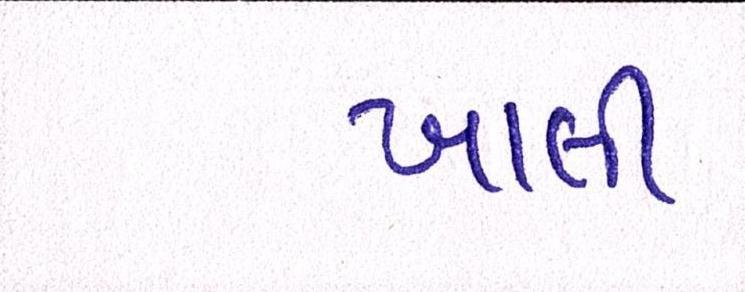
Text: ખાલી